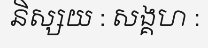
និស្សយ : សង្គហ :